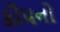
કોપનો